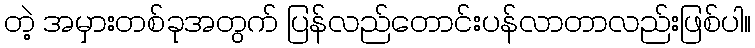
တဲ့ အမှားတစ်ခုအတွက် ပြန်လည်တောင်းပန်လာတာလည်းဖြစ်ပါ။